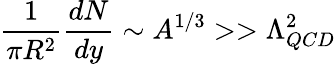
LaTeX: {\frac{1}{\pi R^{2}}}{\frac{dN}{dy}}\sim A^{1/3}>>\Lambda_{QCD}^{2}